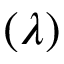
( \lambda )